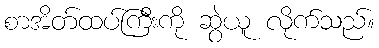
စာအိတ်ထပ်ကြီးကို ဆွဲယူ လိုက်သည်။